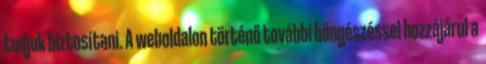
tudjuk biztosítani. A weboldalon történő további böngészéssel hozzájárul a